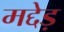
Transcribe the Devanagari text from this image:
मद्देड़